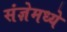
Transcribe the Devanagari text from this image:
संज्ञेमध्ये